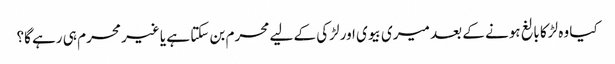
کیا وہ لڑکا بالغ ہونے کے بعد میری بیوی اور لڑکی کے لیے محرم بن سکتا ہے یا غیر محرم ہی رہے گا؟